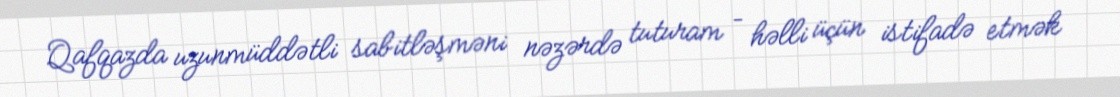
Qafqazda uzunmüddətli sabitləşməni nəzərdə tuturam – həlli üçün istifadə etmək